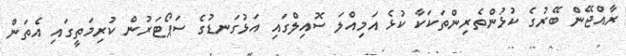
ރާއްޖޭން ބޭރުގެ ކުޅުންތެރިންތަކަކާ ކުޅެ އަމިއްލަ ސޮއިލްގައި އަޅުގަނޑުގެ ސަޕޯޓަރުން ކުރިމަތީގައި އެތަން